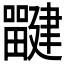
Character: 𰣜